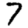
Digit: 7